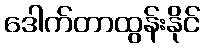
ဒေါက်တာထွန်းနိုင်